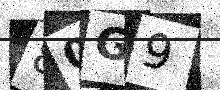
Text: 80G9